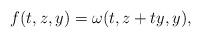
LaTeX: \begin{align*}f(t,z,y)=\omega(t,z+ty,y),\end{align*}